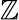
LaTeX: {\cal\mathbb{Z}}